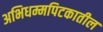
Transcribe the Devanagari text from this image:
अभिधम्मपिटकातील